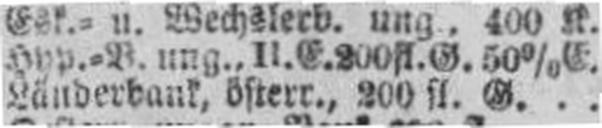
Länderbank, österr., 200 fl. G.